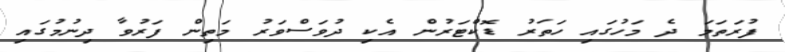
ފުރަތަމަ ދެ މަހުގައި ހަތަރު ޑޮކްޓަރުން އެކި ދުވަސްވަރު މަތިން ފަރުވާ ދިނުމުގައި